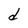
Character: d